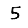
Digit: 5